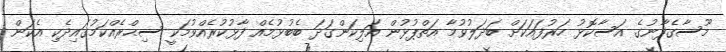
މޫސާގެފާނުގެ އަސާކޮޅު ހަރުފައަކަށް ބަދަލުވުމާ އަތްޕުޅުން އަލިކަންގަދަ ބެބުޅުމެއް ފާޅުކުރެއްވުމަކީ ސިޙްރެއްކަމުގައިދެކި އެކަން